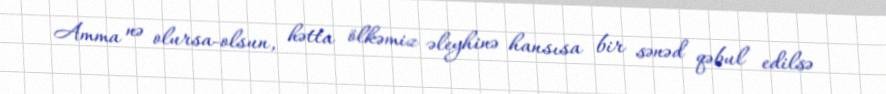
Amma nə olursa-olsun, hətta ölkəmiz əleyhinə hansısa bir sənəd qəbul edilsə